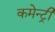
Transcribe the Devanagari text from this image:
कमेन्ट्री